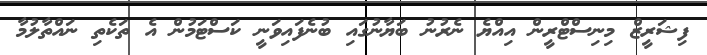
ފިޝަރީޒް މިނިސްޓްރީން އިއްޔެ ނެރުނު ބަޔާނުގައި ބުނެފައިވަނީ ކަސްޓަމުން އެ ތަކެތި ނައްތާލުމާ